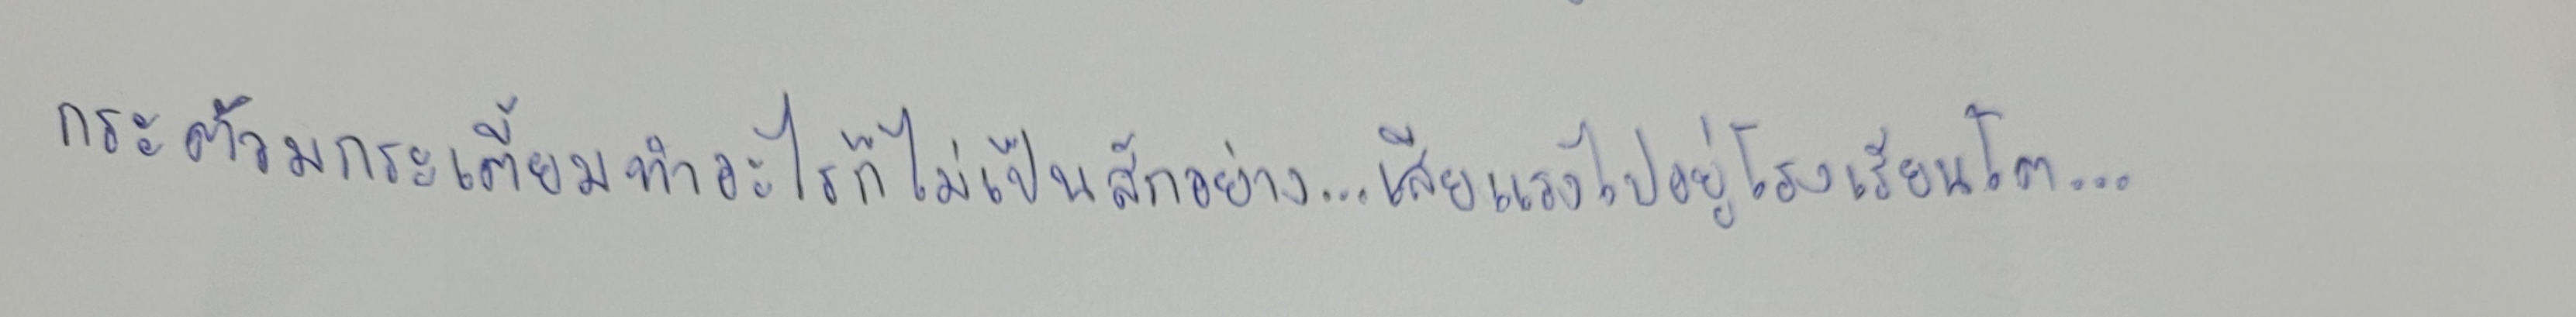
กระตัวมกระเตี้ยมทำอะไรก็ไม่เป็นสักอย่าง...เสียแรงไปอยู่โรงเรียนใหญ่โต...